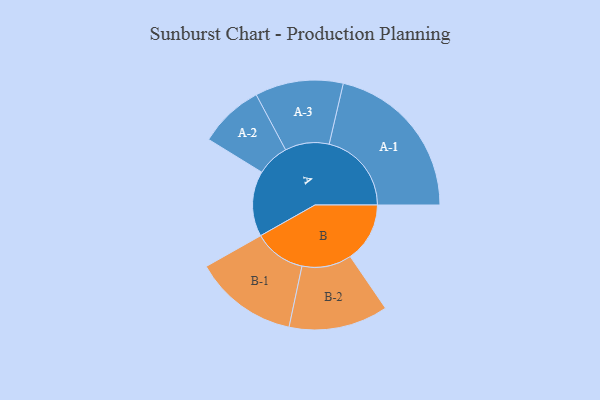
{"axis": {"x": "Segment", "y": "Value"}, "legend": ["", "A", "B"], "data": [{"x": "A", "y": 224, "type": ""}, {"x": "B", "y": 204, "type": ""}, {"x": "A-1", "y": 282, "type": "A"}, {"x": "A-2", "y": 111, "type": "A"}, {"x": "A-3", "y": 151, "type": "A"}, {"x": "B-1", "y": 178, "type": "B"}, {"x": "B-2", "y": 170, "type": "B"}]}